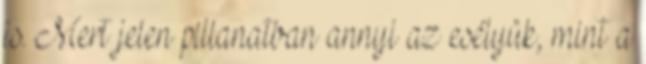
is. Mert jelen pillanatban annyi az esélyük, mint a